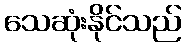
သေဆုံးနိုင်သည်